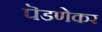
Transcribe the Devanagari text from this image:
पॆडणेकर